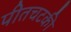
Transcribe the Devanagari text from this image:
पीतचटकी